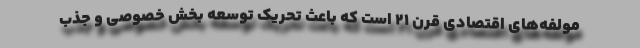
مولفه‌های اقتصادی قرن ۲۱ است که باعث تحریک توسعه بخش خصوصی و جذب